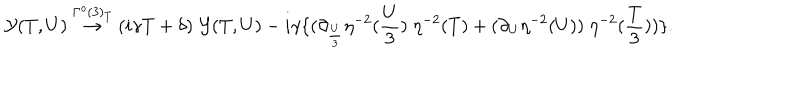
{ \cal Y } ( T , U ) \stackrel { { \Gamma ^ { o } ( 3 ) } _ { T } } { \rightarrow } ( i \gamma T + \delta ) \; { \cal Y } ( T , U ) - i \gamma \{ ( \partial _ { \frac { U } { 3 } } \eta ^ { - 2 } ( \frac { U } { 3 } ) \; \eta ^ { - 2 } ( T ) + ( \partial _ { U } \eta ^ { - 2 } ( U ) ) \; \eta ^ { - 2 } ( \frac { T } { 3 } ) ) \} .